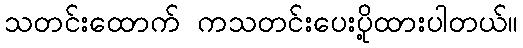
သတင်းထောက် ကသတင်းပေးပို့ထားပါတယ်။